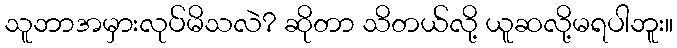
သူဘာအမှားလုပ်မိသလဲ? ဆိုတာ သိတယ်လို့ ယူဆလို့မရပါဘူး။